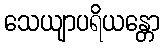
သေယျာပရိယန္တော